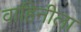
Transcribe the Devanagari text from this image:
वाहिनीला